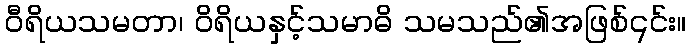
ဝီရိယသမတာ၊ ဝိရိယနှင့်သမာဓိ သမသည်၏အဖြစ်၎င်း။